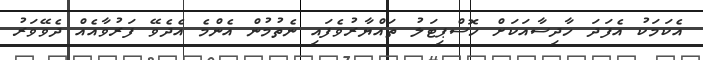
އެކަމަކު އެފަދަ ހާދިސާއަކަށް ހޮސްޕިޓަލު ތައްޔާރުވެފައި ނެތުމުން އެންމެ އެދެވޭ ފަރުވާއެއް ދެވޭވަރު